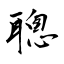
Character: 聰